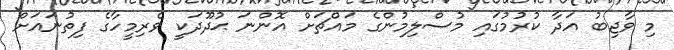
މި ވާޖިބު އަދާ ކުރުމުގައި މުސްލިމުންގެ މައްޗަށް އޮންނަ ޙުދޫދަކީ ވެރިމީހާގެ ފިތުނައަށް